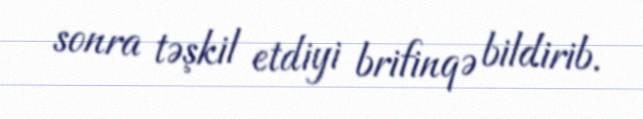
sonra təşkil etdiyi brifinqə bildirib.